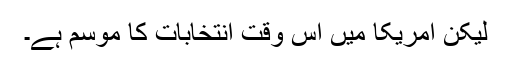
لیکن امریکا میں اس وقت انتخابات کا موسم ہے۔